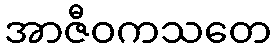
အာဇီဝကသတေ